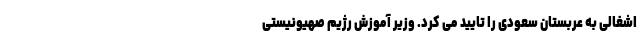
اشغالی به عربستان سعودی را تایید می کرد. وزیر آموزش رژیم صهیونیستی